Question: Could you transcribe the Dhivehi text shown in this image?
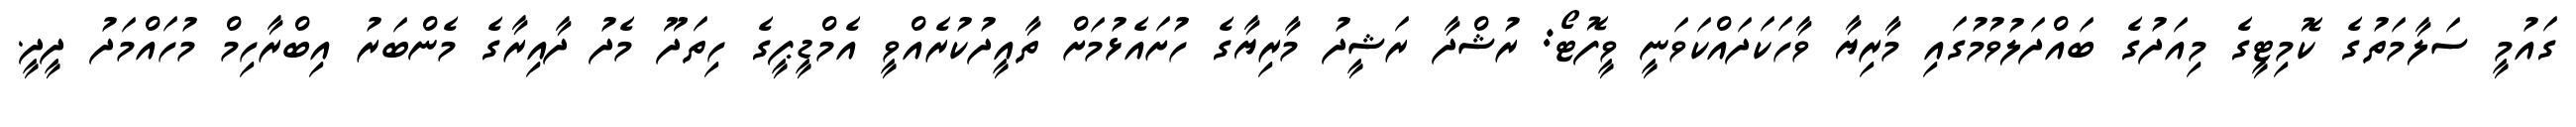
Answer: ގައުމީ ސަލާމަތުގެ ކޮމިޓީގެ މިއަދުގެ ބައްދަލުވުމުގައި މާރިޔާ ވާހަކަދައްކަވަނީ ވީފޮޓޯ: ރުޝްދާ ރަޝީދު މާރިޔާގެ ހުށައެޅުމަށް ތާއީދުކުރެއްވީ އެމްޑީޕީގެ ހިތަދޫ މެދު ދާއިރާގެ މެންބަރު އިބްރާހިމް މުހައްމަދު ދީދީ.